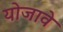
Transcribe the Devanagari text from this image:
योजावे